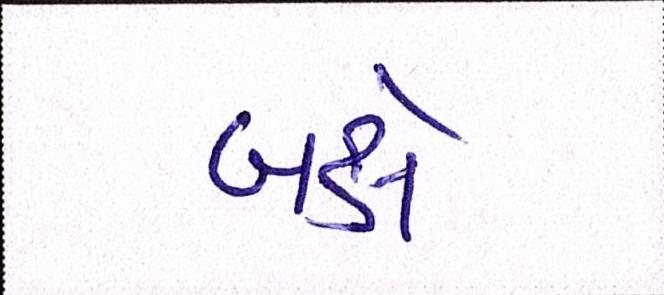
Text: બક્ષે